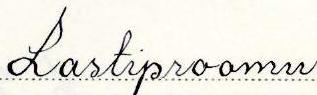
Lastiproomu